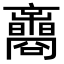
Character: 𡅟